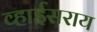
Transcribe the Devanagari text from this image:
व्हाईसराय